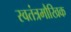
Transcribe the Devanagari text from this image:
स्वतंत्रमौखिक